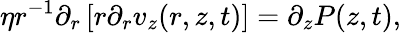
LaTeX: \eta r^{-1}\partial_{r}\left[r\partial_{r}v_{z}(r,z,t)\right]=\partial_{z}P(z,t),